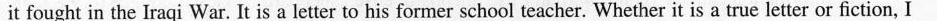
it fought in the Iraqi War. It is a letter to his former school teacher. Whether it is a true letter or fiction, I